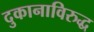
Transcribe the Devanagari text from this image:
दुकानाविरुद्ध